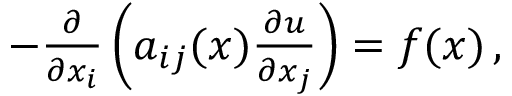
\begin{array} { r } { - \frac { \partial } { \partial x _ { i } } \left( a _ { i j } ( \boldsymbol x ) \frac { \partial u } { \partial x _ { j } } \right) = f ( \boldsymbol x ) \, , } \end{array}